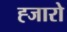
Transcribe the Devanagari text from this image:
ह्जारो